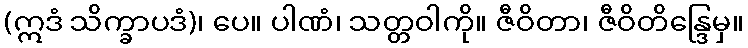
(ဣဒံ သိက္ခာပဒံ)၊ ပေ။ ပါဏံ၊ သတ္တဝါကို။ ဇီဝိတာ၊ ဇီဝိတိန္ဒြေမှ။